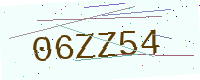
Text: 06ZZ54